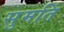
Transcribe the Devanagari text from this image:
सुमतिं